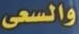
والسعى